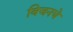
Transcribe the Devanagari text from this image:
विजनचे